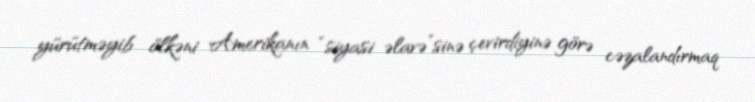
yürütməyib ölkəni Amerikanın “siyasi əlavə”sinə çevirdiyinə görə cəzalandırmaq